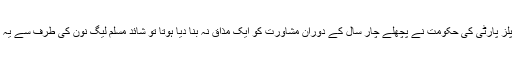
نواز شریف نے کہا کہ پیپلز پارٹی کی حکومت نے پچھلے چار سال کے دوران مشاورت کو ایک مذاق نہ بنا دیا ہوتا تو شائد مسلم لیگ نون کی طرف سے یہ مطالبہ بھی سامنے نہ آتا۔